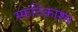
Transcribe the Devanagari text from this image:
स्फटिकाश्म